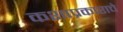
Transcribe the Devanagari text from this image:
कशाप्रकाराचे